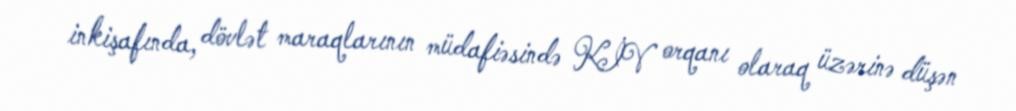
inkişafında, dövlət maraqlarının müdafiəsində KİV orqanı olaraq üzərinə düşən